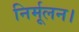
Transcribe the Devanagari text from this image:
निर्मूलन।